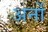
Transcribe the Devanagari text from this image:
अर्नो